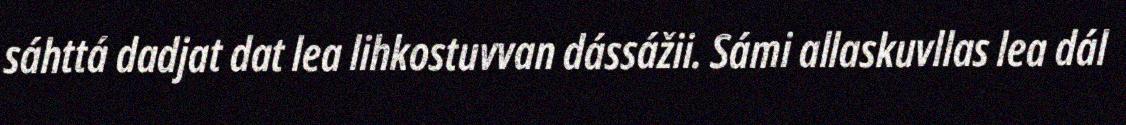
sáhttá dadjat dat lea lihkostuvvan dássážii. Sámi allaskuvllas lea dál